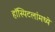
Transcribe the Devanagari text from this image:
हॉस्पिटलांमध्ये